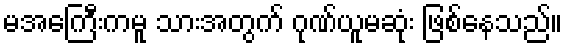
မအေကြီးကမူ သားအတွက် ဂုဏ်ယူမဆုံး ဖြစ်နေသည်။